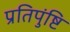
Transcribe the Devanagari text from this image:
प्रतिपुंष्टि